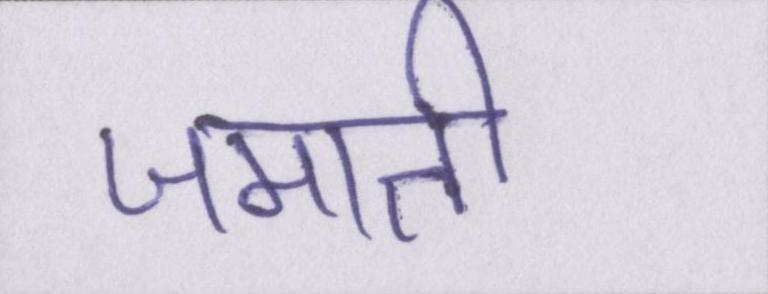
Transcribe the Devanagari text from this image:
जमाती